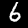
Label: 6